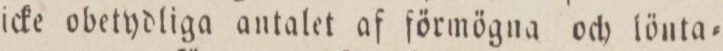
icke obetydliga antalet af förmögna och lönta=